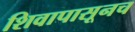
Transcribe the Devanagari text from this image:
शिवापासूनच